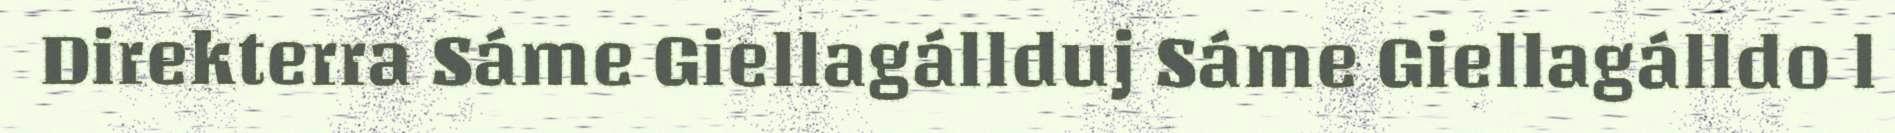
Direkterra Sáme Giellagállduj Sáme Giellagálldo l